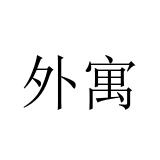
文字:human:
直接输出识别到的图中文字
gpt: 外寓